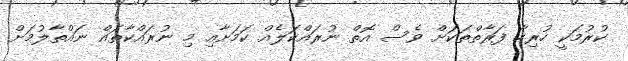
ކުރުމަކީ ހުރިހާ ފަރާތްތަކަށް ވެސް އޮތް ނުރައްކަލެއް ކަމަށާއި މި ނުރައްކާތައް ނައްތާލުމަށް